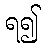
ရ၍